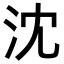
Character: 沈